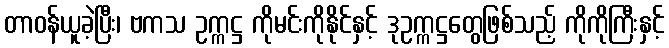
တာဝန်ယူခဲ့ပြီး၊ ဗကသ ဥက္ကဋ္ဌ ကိုမင်းကိုနိုင်နှင့် ဒုဥက္ကဋ္ဌတွေဖြစ်သည့် ကိုကိုကြီးနှင့်